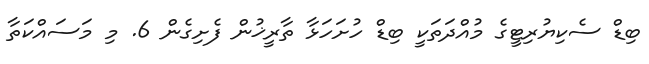
ބިޑް ސެކިޔުރިޓީގެ މުއްދަތަކީ ބިޑް ހުށަހަޅާ ތާރީޚުން ފެށިގެން 6. މި މަސައްކަތާ